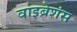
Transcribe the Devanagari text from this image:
वाइब्रेशंस